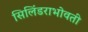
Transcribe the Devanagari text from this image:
सिलिंडराभोवती